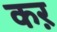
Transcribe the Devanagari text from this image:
कऱ